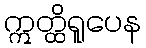
ဣတ္ထိရူပေန